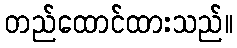
တည်ထောင်ထားသည်။